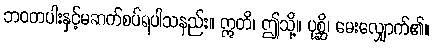
ဘဝတပါးနှင့်မဆက်စပ်ရပါသနည်း။ ဣတိ၊ ဤသို့။ ပုစ္ဆိ၊ မေးလျှောက်၏။